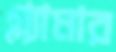
গ্ল্যামার